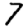
Digit: 7